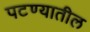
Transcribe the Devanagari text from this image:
पटण्यातील